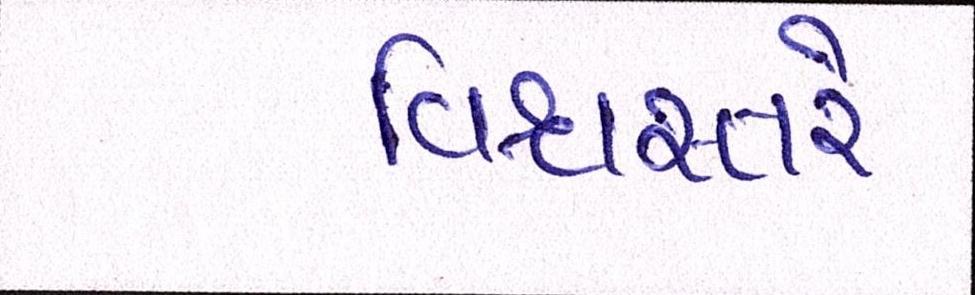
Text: વિશ્વસ્તરે